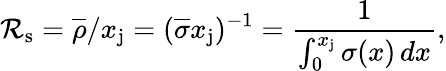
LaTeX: \mathcal{R}_{\mathrm{{s}}}={\overline{{{\rho}}}}/x_{\mathrm{{j}}}=({\overline{{{\sigma}}}}x_{\mathrm{{j}}})^{-1}={\frac{{1}}{{\int_{0}^{x_{\mathrm{{j}}}}\sigma(x)\, dx}}},